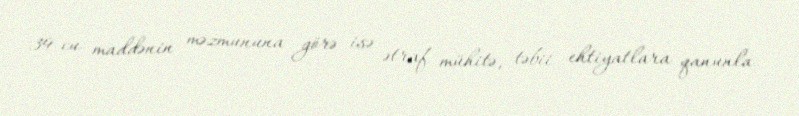
39-cu maddənin məzmununa görə isə ətraf mühitə, təbii ehtiyatlara qanunla